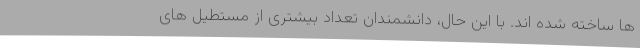
ها ساخته شده اند. با این حال، دانشمندان تعداد بیشتری از مستطیل های